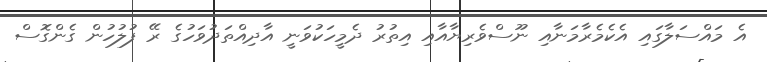
އެ މައްސަލާގައި އެކެމެރާމަނާއި ނޫސްވެރިޔާއާއި އިތުރު ދެމީހަކުވަނީ އާދިއްތަދުވަހުގެ ރޭ ފުލުހުން ގެންގޮސް